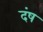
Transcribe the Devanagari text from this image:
दंष